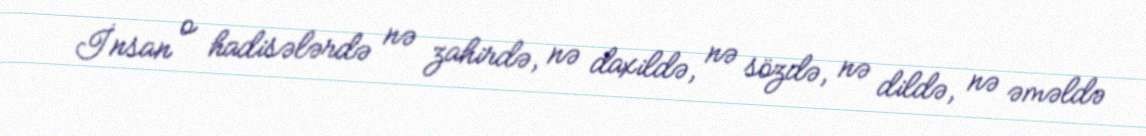
İnsan o hadisələrdə nə zahirdə, nə daxildə, nə sözdə, nə dildə, nə əməldə